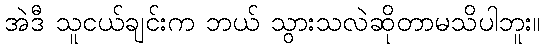
အဲဒီ သူငယ်ချင်းက ဘယ် သွားသလဲဆိုတာမသိပါဘူး။